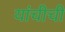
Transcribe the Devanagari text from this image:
यांचीची